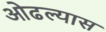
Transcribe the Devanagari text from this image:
ओढल्यास